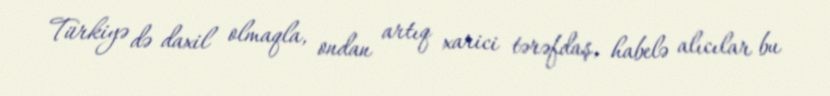
Türkiyə də daxil olmaqla, ondan artıq xarici tərəfdaş, habelə alıcılar bu